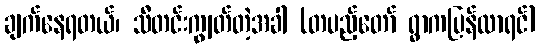
ချက်နေရတယ်၊ သီတင်းကျွတ်တဲ့အခါ (တပည့်တော် ရွာကပြန်လာရင်)